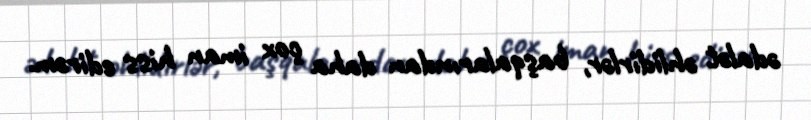
ədalət əhlidirlər, başqalarından daha çox iman hiss edirəm.